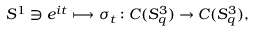
S ^ { 1 } \ni e ^ { i t } \longmapsto \sigma _ { t } : C ( S _ { q } ^ { 3 } ) \rightarrow C ( S _ { q } ^ { 3 } ) ,